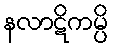
နလာဋိကမ္ပိ